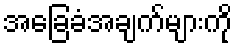
အခြေခံအချက်များကို